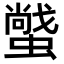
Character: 𧑼